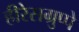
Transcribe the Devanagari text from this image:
हीरेसग्रुप्पे